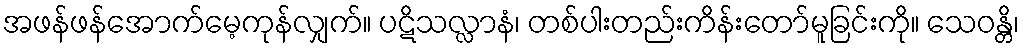
အဖန်ဖန်အောက်မေ့ကုန်လျှက်။ ပဋိသလ္လာနံ၊ တစ်ပါးတည်းကိန်းတော်မူခြင်းကို။ သေဝန္တိ၊